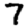
Digit: 7